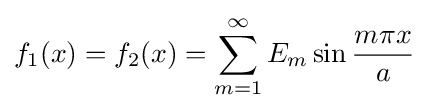
f_{1}(x)=f_{2}(x)=\sum _{m=1}^{\infty }E_{m}\sin {\frac {m\pi x}{a}}